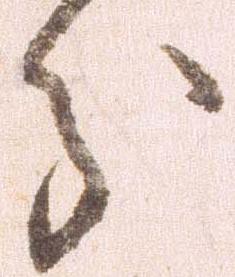
分